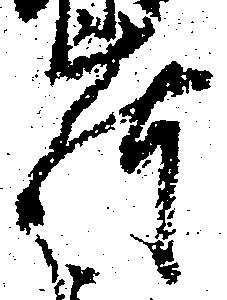
荷